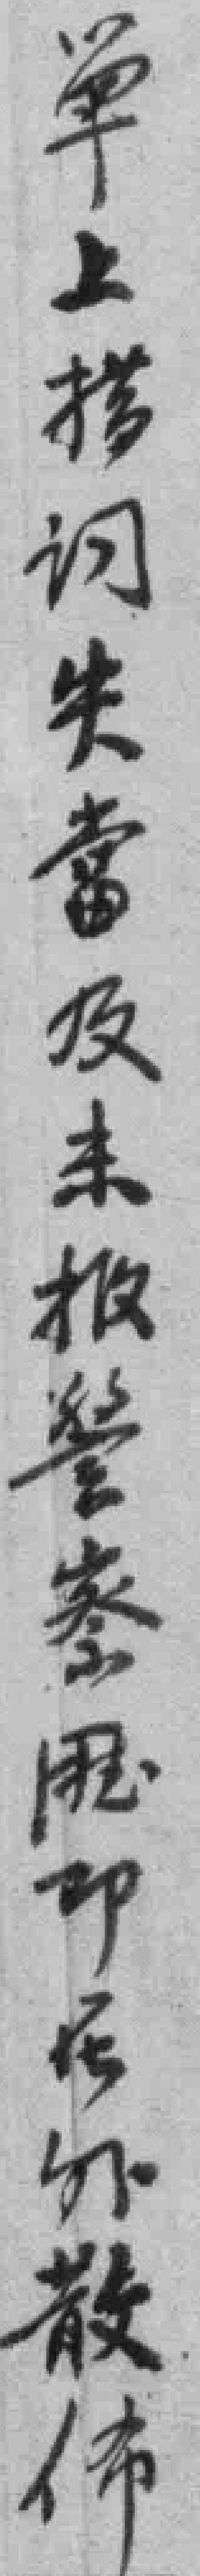
单上措词失當及未报警察*即在外散佈